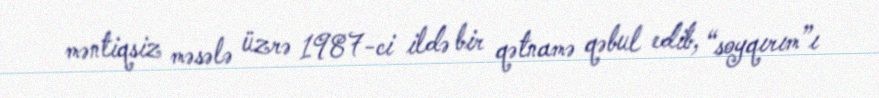
məntiqsiz məsələ üzrə 1987-ci ildə bir qətnamə qəbul edib, “soyqırım”ı